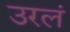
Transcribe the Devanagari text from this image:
उरलं